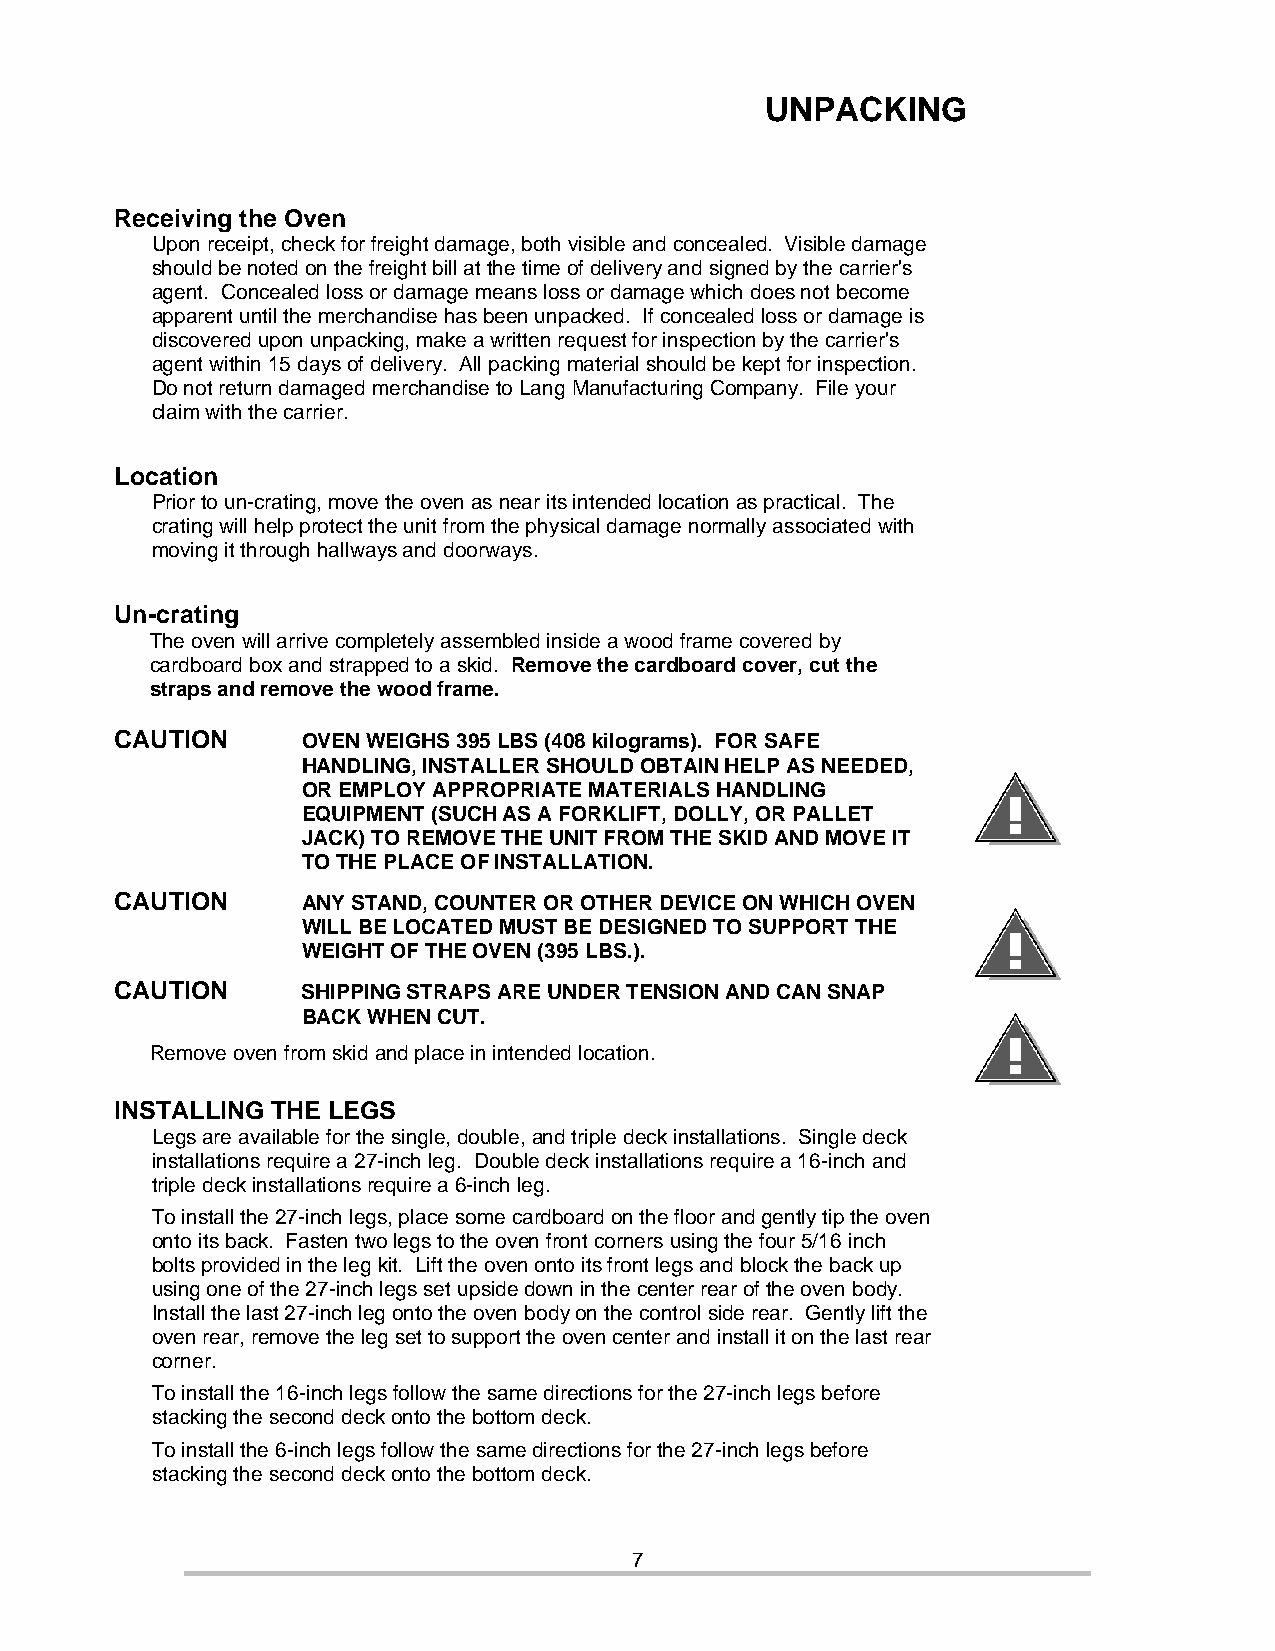
UNPACKING
 Receiving the Oven
 Upon receipt, check for freight damage, both visible and concealed. Visible damage
 should be noted on the freight bill at the time of delivery and signed by the carrier's
 agent. Concealed loss or damage means loss or damage which does not become
 apparent until the merchandise has been unpacked. If concealed loss or damage is
 discovered upon unpacking, make a written request for inspection by the carrier's
 agent within 15 days of delivery. All packing material should be kept for inspection.
 Do not return damaged merchandise to Lang Manufacturing Company. File your
 claim with the carrier.
 Location
 Prior to un-crating, move the oven as near its intended location as practical. The
 crating will help protect the unit from the physical damage normally associated with
 moving it through hallways and doorways.
 Un-crating
 The oven will arrive completely assembled inside a wood frame covered by
 cardboard box and strapped to a skid. Remove the cardboard cover, cut the
 straps and remove the wood frame.
 CAUTION     OVEN WEIGHS 395 LBS (408 kilograms). FOR SAFE
 HANDLING, INSTALLER SHOULD OBTAIN HELP AS NEEDED,
 OR EMPLOY APPROPRIATE MATERIALS HANDLING
 EQUIPMENT (SUCH AS A FORKLIFT, DOLLY, OR PALLET
 JACK) TO REMOVE THE UNIT FROM THE SKID AND MOVE IT
 TO THE PLACE OF INSTALLATION.
 CAUTION     ANY STAND, COUNTER OR OTHER DEVICE ON WHICH OVEN
 WILL BE LOCATED MUST BE DESIGNED TO SUPPORT THE
 WEIGHT OF THE OVEN (395 LBS.).
 CAUTION     SHIPPING STRAPS ARE UNDER TENSION AND CAN SNAP
 BACK WHEN CUT.
 Remove oven from skid and place in intended location.
 INSTALLING THE LEGS
 Legs are available for the single, double, and triple deck installations. Single deck
 installations require a 27-inch leg. Double deck installations require a 16-inch and
 triple deck installations require a 6-inch leg.
 To install the 27-inch legs, place some cardboard on the floor and gently tip the oven
 onto its back. Fasten two legs to the oven front corners using the four 5/16 inch
 bolts provided in the leg kit. Lift the oven onto its front legs and block the back up
 using one of the 27-inch legs set upside down in the center rear of the oven body.
 Install the last 27-inch leg onto the oven body on the control side rear. Gently lift the
 oven rear, remove the leg set to support the oven center and install it on the last rear
 corner.
 To install the 16-inch legs follow the same directions for the 27-inch legs before
 stacking the second deck onto the bottom deck.
 To install the 6-inch legs follow the same directions for the 27-inch legs before
 stacking the second deck onto the bottom deck.
 7